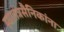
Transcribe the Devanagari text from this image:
स्वातंत्रसैनिकांना